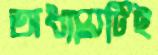
অধ্যায়টিই